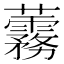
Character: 𧅑